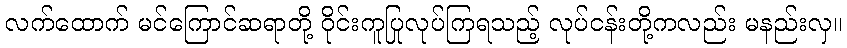
လက်ထောက် မင်ကြောင်ဆရာတို့ ဝိုင်းကူပြုလုပ်ကြရသည့် လုပ်ငန်းတို့ကလည်း မနည်းလှ။